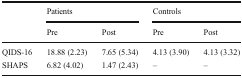
| <ROWSPAN=2>  | <COLSPAN=2> Patients | <COLSPAN=2> Controls |
 | Pre | Post | Pre | Post |
 | --- | --- | --- | --- | --- |
 | QIDS-16 | 18.88 (2.23) | 7.65 (5.34) | 4.13 (3.90) | 4.13 (3.32) |
 | SHAPS | 6.82 (4.02) | 1.47 (2.43) | – | – |